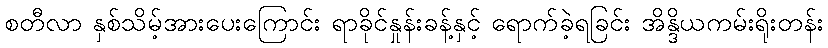
စတီလာ နှစ်သိမ့်အားပေးကြောင်း ရာခိုင်နှုန်းခန့်နှင့် ရောက်ခဲ့ရခြင်း အိန္ဒိယကမ်းရိုးတန်း